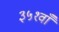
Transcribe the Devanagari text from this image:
३५१वाँ